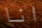
انا